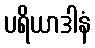
ပရိယာဒါနံ